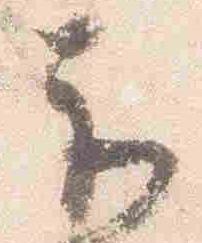
示